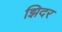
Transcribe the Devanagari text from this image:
झिदर